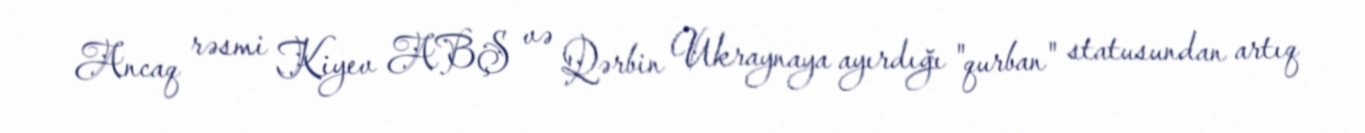
Ancaq rəsmi Kiyev ABŞ və Qərbin Ukraynaya ayırdığı "qurban" statusundan artıq